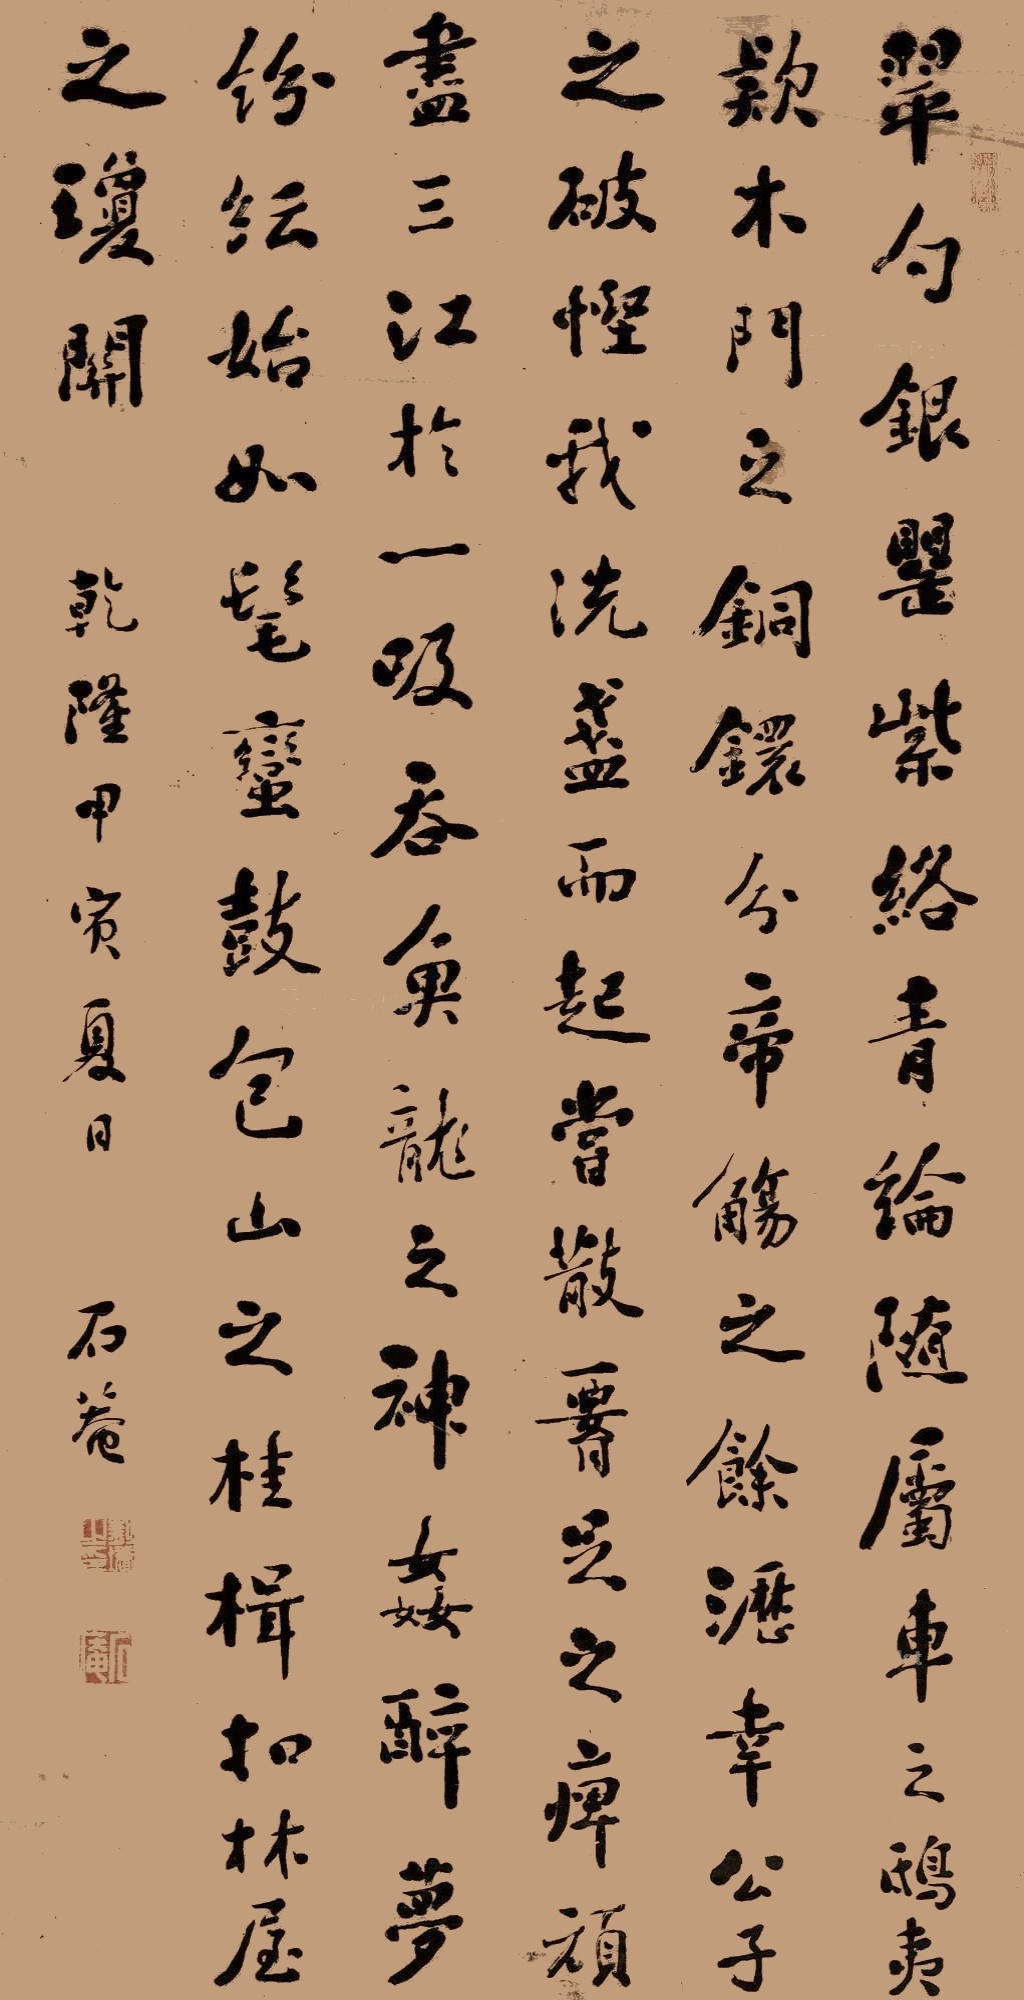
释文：翠勺银罂，紫络青伦，随属车之鸱夷，款木门之铜镮。分帝觞之馀沥，幸公子之破悭。我洗盏而起尝，散腰足之痹顽。尽三江于一吸，吞鱼龙之神奸，醉梦纷纭，始如髦蛮，鼓包山之桂楫，扣林屋之琼关。乾隆甲寅夏日，石庵。